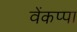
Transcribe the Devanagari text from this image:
वेंकप्पा